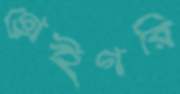
গ্রেইগরি